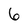
Character: 6